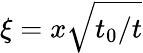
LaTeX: \xi=x\sqrt{t_{0}/t}